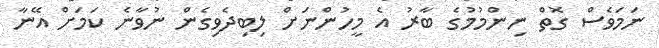
ނަމަވެސް ގޮތް ނިންމުމުގެ ބާރު އެ މީހުންނަށް ލިބިދެވިގެން ނުވާނެ ކަމަށް އޭނާ